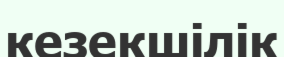
кезекшілік